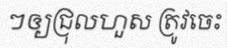
ៗឲ្យជ្រុលហួស ត្រូវចេះ